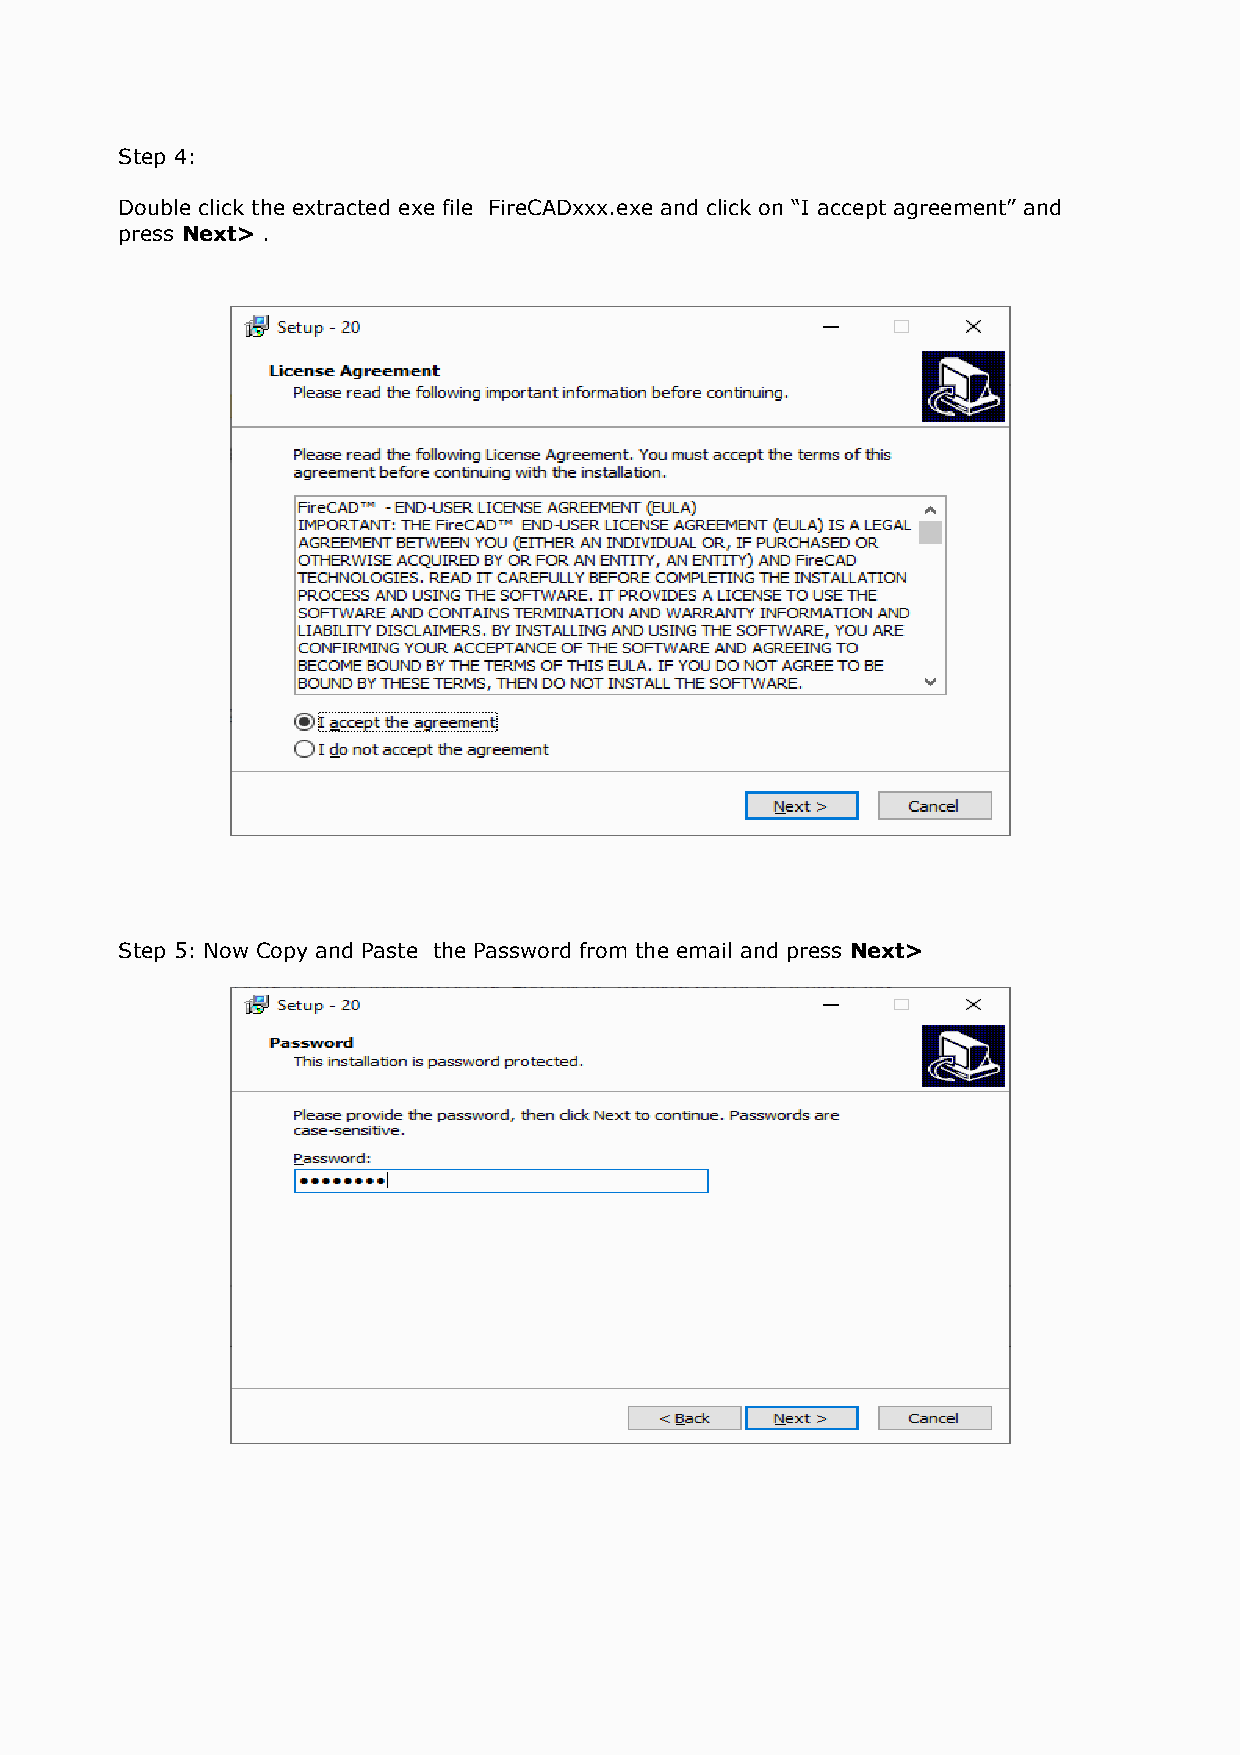
Step 4:
 Double click the extracted exe file FireCADxxx.exe and click on “I accept agreement” and
 press Next> .
 Step 5: Now Copy and Paste the Password from the email and press Next>